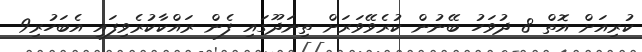
ކުރިއަށް އޮތް 8 ދުވަހު ބޭނުން ކުރެވޭވަރަށް ތިނަދޫގައި ފެން ރައްކާކުރެވިފައި އެބަހުރި9